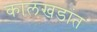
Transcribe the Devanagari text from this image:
कालखडांत